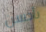
بأحسن